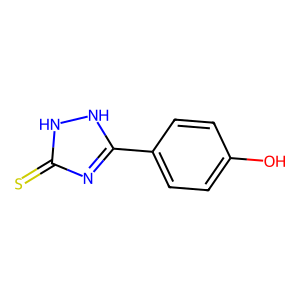
SMILES: Oc1ccc(-c2nc(=S)[nH][nH]2)cc1
Inhibits HIV replication: No